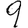
Digit: 9